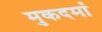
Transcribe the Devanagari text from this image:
मुकदमां